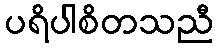
ပရိပါစိတသညီ